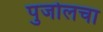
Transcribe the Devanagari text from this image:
पुजोलचा